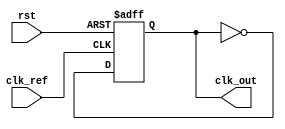
module MemoryBlocksAnalogPLL (
    input wire clk_ref,      // Reference clock input
    input wire rst,          // Reset signal
    output wire clk_out      // Output clock
);

// Parameters
parameter PHASE_WIDTH = 8; // Width of phase information
parameter MEMORY_DEPTH = 16; // Depth of memory block

// Phase Detector
reg [PHASE_WIDTH-1:0] phase_error; // Phase error signal
reg [PHASE_WIDTH-1:0] phase_memory [0:MEMORY_DEPTH-1]; // Memory block for phase information
integer mem_index; // Memory index

// Loop Filter
reg [15:0] control_voltage; // Control voltage for VCO
reg [15:0] loop_filter_output; // Output of loop filter

// Voltage-Controlled Oscillator
reg clk_vco; // VCO output clock
reg [15:0] vco_frequency; // VCO frequency control

// Clock Divider (optional)
reg clk_div; // Divided clock signal

// Phase Detector Logic
always @(posedge clk_ref or posedge rst) begin
    if (rst) begin
        phase_error <= 0;
        mem_index <= 0;
    end else begin
        // Simple phase comparison logic (placeholder)
        // You would replace this with actual phase detection logic
        phase_error <= phase_error + 1; // Simulate phase error increment
        phase_memory[mem_index] <= phase_error; // Store phase error in memory
        mem_index <= (mem_index + 1) % MEMORY_DEPTH; // Circular memory indexing
    end
end

// Loop Filter Logic
always @(posedge clk_ref or posedge rst) begin
    if (rst) begin
        control_voltage <= 0;
        loop_filter_output <= 0;
    end else begin
        // Simple RC filter simulation (placeholder)
        loop_filter_output <= control_voltage + phase_error; // Update loop filter output
        control_voltage <= loop_filter_output; // Update control voltage
    end
end

// Voltage-Controlled Oscillator Logic
always @(posedge clk_ref or posedge rst) begin
    if (rst) begin
        clk_vco <= 0;
        vco_frequency <= 16'd100; // Initial frequency value
    end else begin
        // Control VCO frequency based on control voltage
        vco_frequency <= control_voltage; // Example: direct mapping for simplicity
        clk_vco <= ~clk_vco; // Toggle clock output (placeholder for actual VCO behavior)
    end
end

// Output Clock Generation
assign clk_out = clk_vco;

endmodule